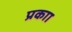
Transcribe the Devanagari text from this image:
प्रकाा